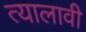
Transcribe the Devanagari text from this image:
त्यालावी